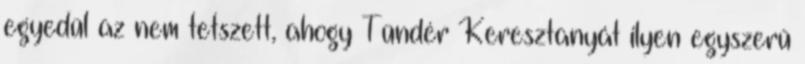
egyedül az nem tetszett, ahogy Tündér Keresztanyát ilyen egyszerű